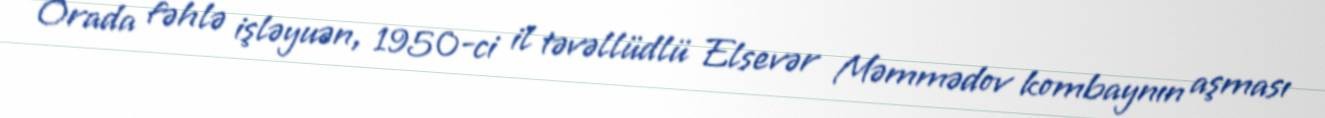
Orada fəhlə işləyuən, 1950-ci il təvəllüdlü Elsevər Məmmədov kombaynın aşması